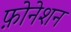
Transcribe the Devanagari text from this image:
फ़ोनेशन